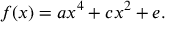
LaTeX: f ( x ) = a x ^ { 4 } + c x ^ { 2 } + e .